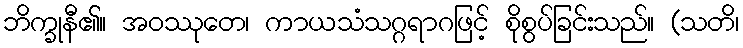
ဘိက္ခုနီ၏။ အဝဿုတေ၊ ကာယသံသဂ္ဂရာဂဖြင့် စိုစွပ်ခြင်းသည်။ (သတိ၊